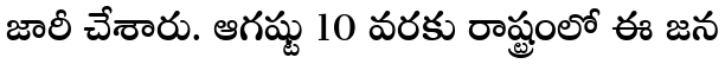
జారీ చేశారు. ఆగష్టు 10 వరకు రాష్ట్రంలో ఈ జన